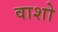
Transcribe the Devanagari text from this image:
वाशो